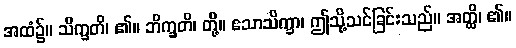
အထံ၌။ သိက္ခတိ၊ ၏။ ဘိက္ခတိ၊ တို့။ ဧသာသိက္ခာ၊ ဤသို့သင်ခြင်းသည်။ အတ္ထိ၊ ၏။